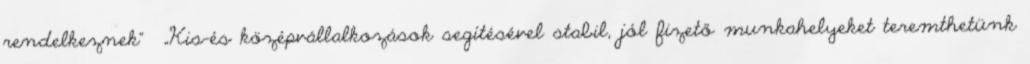
rendelkeznek” ▪„Kis-és középvállalkozások segítésével stabil, jól fizető munkahelyeket teremthetünk